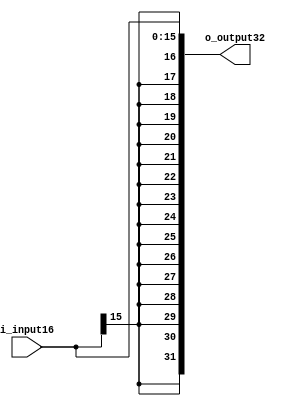
// Module: sign_extender.v
// Project: Single-cycle MIPS processor in Verilog HDL.	
// Description: Sign extending 16-bit value to 32-bit 

module sign_extender(i_input16, o_output32);

input wire [15:0] i_input16;
output reg [31:0] o_output32;

always @*	// always, if any signal changed
begin
	o_output32[15:0] = i_input16[15:0];
	o_output32[31:16] = {16{i_input16[15]}};

	// o_output32 = {{16{i_input16[15]}}, i_input16[15:0]};	// another variant, shorter
end 
endmodule